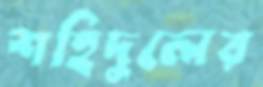
শহিদুলের